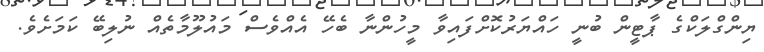
ޔިންގްލަކްގެ ޕާޓީން ބުނީ ހައްޔަރުކޮށްފައިވާ މީހުންނާ ބެހޭ އެއްވެސް މައުލޫމާތެއް ނުލިބޭ ކަމަށެވެ.